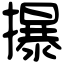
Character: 㩧